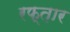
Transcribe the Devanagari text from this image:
रफ्त़ार